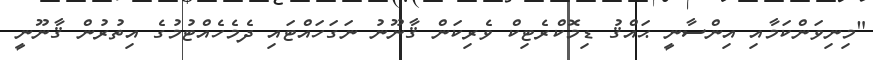
"މިނިވަންކަމާއި އިންސާނީ ޙައްޤު ޑިމޮކްރެޓިކް ވެރިކަން ޤާނޫނު ނަގަހައްޓައި ދެމެހެއްޓުމުގެ އިތުރުން ޤާނޫނީ